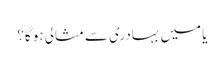
یا میں بہادری سے مثالی ہو گا؟